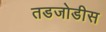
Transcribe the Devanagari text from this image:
तडजोडीस